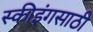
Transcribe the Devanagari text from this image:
स्कीइंगसाठी